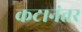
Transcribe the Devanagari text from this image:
कटानंतर